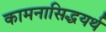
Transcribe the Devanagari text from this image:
कामनासिद्धयर्थ